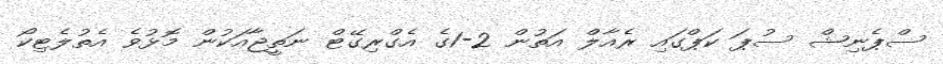
ސްޕެނިޝް ސުޕަ ކަޕްގައި ރެއާލް އަތުން 2-1ގެ އެގްރިގޭޓް ނަތީޖާއަކުން މޮޅުވެ އެތުލެޓިކޯ